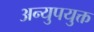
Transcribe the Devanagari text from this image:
अन्युपयुक्त